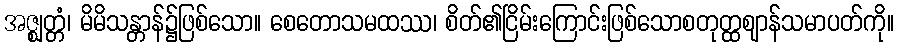
အဇ္ဈတ္တံ၊ မိမိသန္တာန်၌ဖြစ်သော။ စေတောသမထဿ၊ စိတ်၏ငြိမ်းကြောင်းဖြစ်သောစတုတ္ထဈာန်သမာပတ်ကို။